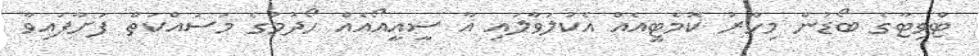
ޓްވިޓާގެ ބޯޑުން މިހާރު ކޮމެޓީއެއް އެކުލަވާލައި އާ ސީއީއޯއެއް ހޯދުމުގެ މަސައްކަތް ފަށާފައިވާ